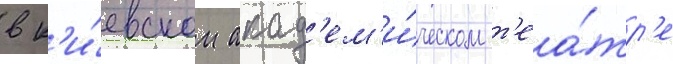
в к'и́евском акад'ем'и́ческом т'еа́тр'е